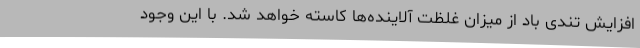
افزایش تندی باد از میزان غلظت آلاینده‌ها کاسته خواهد شد. با این وجود